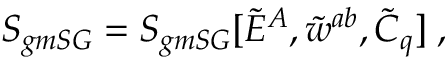
S _ { g m S G } = S _ { g m S G } [ \tilde { E } ^ { A } , \tilde { w } ^ { a b } , \tilde { C } _ { q } ] \; ,